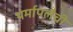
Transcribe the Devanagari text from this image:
थर्मापलैची